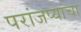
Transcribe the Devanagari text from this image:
परांजप्यांचा